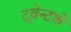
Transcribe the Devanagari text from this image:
ट्वेन्टशे